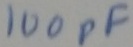
Text: 100pF